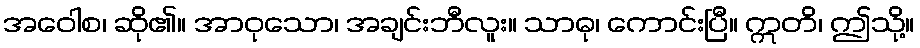
အဝေါစ၊ ဆို၏။ အာဝုသော၊ အချင်းဘီလူး။ သာဓု၊ ကောင်းပြီ။ ဣတိ၊ ဤသို့။